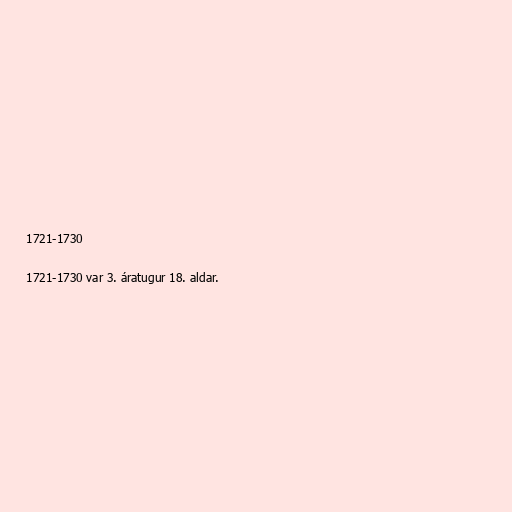
1721-1730

1721-1730 var 3. áratugur 18. aldar.